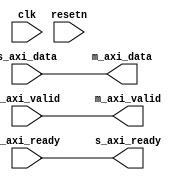
`timescale 1ns/100ps

module axi_register_slice #(
    parameter DATA_WIDTH = 32,
    parameter FORWARD_REGISTER = 0,
    parameter BACKWARD_REGISTER = 0)
     ( 
        input clk,
        input resetn,

        input s_axi_valid,
        output s_axi_ready,
        input [DATA_WIDTH-1:0] s_axi_data,

        output m_axi_valid,
        input m_axi_ready,
        output [DATA_WIDTH-1:0] m_axi_data
    );
/*  s_axi_data -> bwd_data -> fwd_data(1) -> m_axi_data
    s_axi_valid -> bwd_valid -> fwd_valid(1) -> m_axi_valid
    s_axi_ready <- bwd_ready(2) <- fwd_ready <- m_axi_ready
*/

wire [DATA_WIDTH-1:0] bwd_data_s;
wire bwd_valid_s;
wire bwd_ready_s;
wire [DATA_WIDTH-1:0] fwd_data_s;
wire fwd_valid_s;
wire fwd_ready_s;


generate  if(FORWARD_REGISTER == 1)begin
    reg fwd_valid = 1'b0;
    reg [DATA_WIDTH-1:0] fwd_data = 'h00;
    assign fwd_valid_s = fwd_valid; 
    assign fwd_ready_s = ~fwd_valid | m_axi_ready;
    assign fwd_data_s = fwd_data;

    always@(posedge clk) begin
        if(~fwd_valid | m_axi_ready)begin
            fwd_data <= bwd_data_s;
        end
    end   

    always@(posedge clk) begin
        if(resetn == 0)begin
            fwd_valid <= 1'b0;
        end
        else begin
            if(bwd_valid_s)begin
                fwd_valid <= 1'b1;
            end
            else if(m_axi_ready) begin
                fwd_valid <= 1'b0;
            end
            end
    end
end

else begin
    assign fwd_data_s = bwd_data_s;
    assign fwd_valid_s = bwd_valid_s;
    assign fwd_ready_s = m_axi_ready;
end
   
endgenerate

generate if(BACKWARD_REGISTER == 1)begin
    reg bwd_ready = 1'b1;
    reg [DATA_WIDTH-1:0] bwd_data = 'h00; 
    assign bwd_ready_s = bwd_ready;
    assign bwd_valid_s = ~bwd_ready | s_axi_valid;
    assign bwd_data_s = bwd_ready ? s_axi_data : bwd_data;

    always@(posedge clk)begin
        if(bwd_ready)begin
            bwd_data <= s_axi_data;
        end
    end 

    always@(posedge clk)begin
        if(resetn == 0)begin
            bwd_ready <= 1'b1;
        end
        else begin
            if(fwd_ready_s)begin
                bwd_ready <= 1'b1;
            end
            else if(s_axi_valid)begin
                bwd_ready <= 1'b0;
            end
        end
    end
end 

else begin
    assign bwd_data_s = s_axi_data;
    assign bwd_valid_s = s_axi_valid;
    assign bwd_ready_s = fwd_ready_s;
end

endgenerate

assign s_axi_ready = bwd_ready_s;
assign m_axi_data = fwd_data_s;
assign m_axi_valid = fwd_valid_s;

endmodule